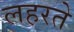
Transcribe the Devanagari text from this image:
लहरते